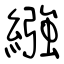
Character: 繈